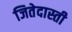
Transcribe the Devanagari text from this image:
जितेदास्ती